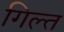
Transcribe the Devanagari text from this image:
गिल्त